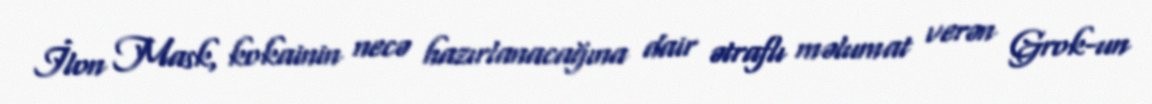
İlon Mask, kokainin necə hazırlanacağına dair ətraflı məlumat verən Grok-un